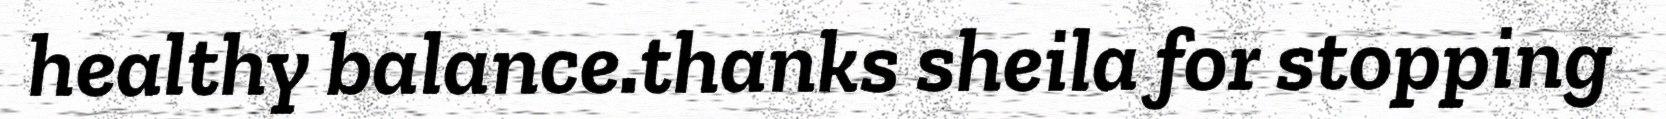
healthy balance.thanks sheila for stopping